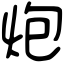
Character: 炮